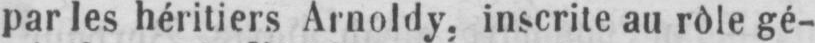
par les héritiers Arnoldy, inscrite au rôle gé-